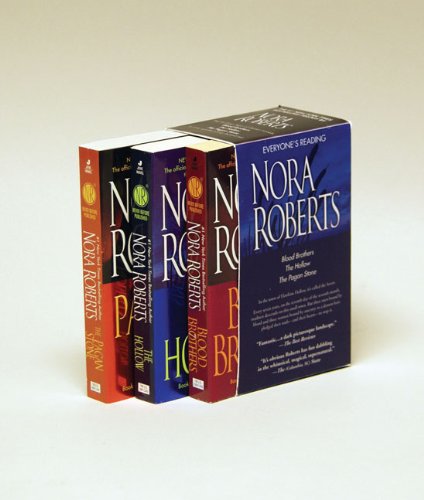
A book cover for Nora Roberts Sign of Seven Trilogy Box Set; Nora Roberts; Romance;